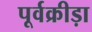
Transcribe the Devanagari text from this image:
पूर्वक्रीड़ा